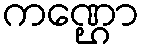
ကဏ္ဌော